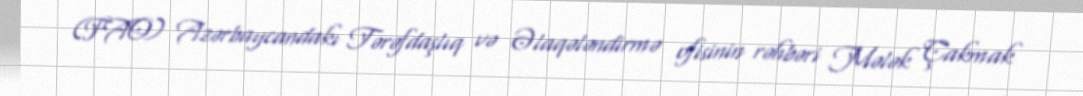
(FAO) Azərbaycandakı Tərəfdaşlıq və Əlaqələndirmə ofisinin rəhbəri Mələk Çakmak